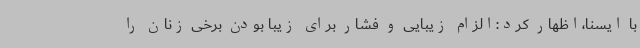
با ایسنا،اظهار کرد:الزام زیبایی و فشار برای زیبا بودن برخی زنان را